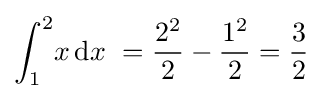
\int _{1}^{2}\!x\,\mathrm {d} x\ ={\frac {2^{2}}{2}}-{\frac {1^{2}}{2}}={\frac {3}{2}}